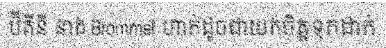
ប៊ីគីនី នាង Brommel ហាក់ដូចជាយកចិត្តទុកដាក់